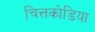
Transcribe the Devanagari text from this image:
चित्तकोडिया